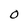
Character: 0